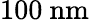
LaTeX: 100~\mathrm{nm}